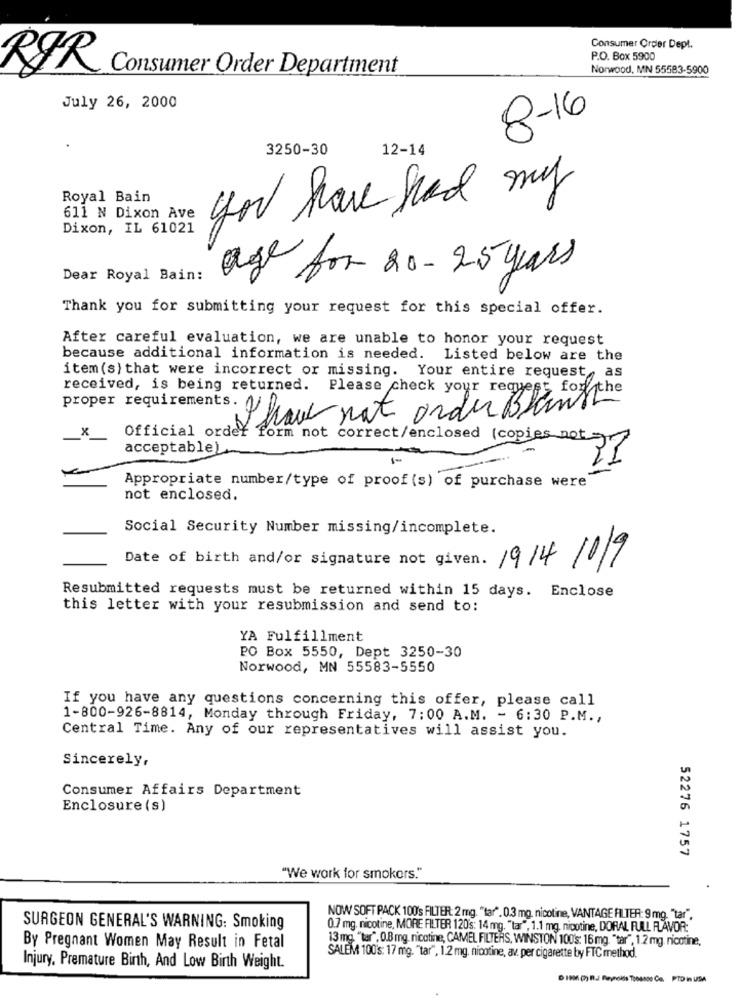
Consumer Order Dept.
P.O. Box 5900
RØR
Consumer Order Department
Norwood, MN 55583-5900
July 26, 2000
8-16
3250-30
12-14
Royal Bain
you have had my
611 N Dixon Ave
Dixon, IL 61021
Dear Royal Bain:
age for 20 - 25 years
Thank you for submitting your request for this special offer.
After careful evaluation, we are unable to honor your request
because additional information is needed.
Listed below are the
item(s) that were incorrect or missing. Your entire request, as
received, is being returned. Please check your request for the
proper requirements. V.
I have not order Blantthe
x
Official order form not correct/enclosed (copies not
acceptable)
1-
Appropriate number/type of proof (s) of purchase were
not enclosed.
Social Security Number missing/incomplete.
Date of birth and/or signature not given. 19/4/019
Resubmitted requests must be returned within 15 days. Enclose
this letter with your resubmission and send to:
YA Fulfillment
PO Box 5550, Dept 3250-30
Norwood, MN 55583-5550
If you have any questions concerning this offer, please call
1-800-926-8814, Monday through Friday, 7:00 A.M. - 6:30 P.M .,
Central Time. Any of our representatives will assist you.
Sincerely,
Consumer Affairs Department
Enclosure (s)
52276 1757
"We work for smokers."
NOW SOFT PACK 100's FILTER: 2 mg. "tar". 0.3 mg, nicotine, VANTAGE FILTER: 9 mg, "tar",
SURGEON GENERAL'S WARNING: Smoking
0.7 mg. nicotine, MORE FILTER 120's: 14 mg. "tar", 1.1 mg. nicotine, DORAL FULL FLAVOR:
13 mg. "tar", 0.8 mg. nicotine, CAMEL FILTERS, WINSTON 100's: 16 mg. "tar", 1.2 mg nicotine,
By Pregnant Women May Result in Fetal
SALEM 100's: 17 mg. "tar", 1.2 mg. nicotine, av. per cigarette by FTC method.
Injury, Premature Binh, And Low Birth Weight.